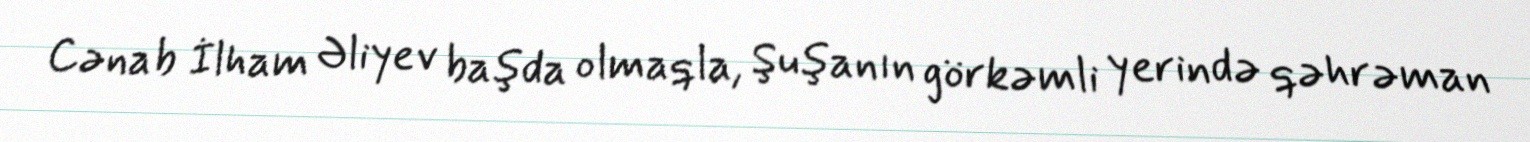
Cənab İlham Əliyev başda olmaqla, Şuşanın görkəmli yerində qəhrəman